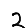
Digit: 2